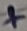
Text: +